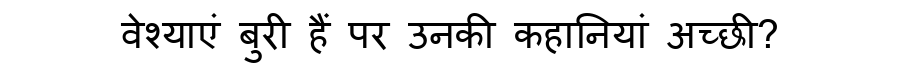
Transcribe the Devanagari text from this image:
वेश्याएं बुरी हैं पर उनकी कहानियां अच्छी?